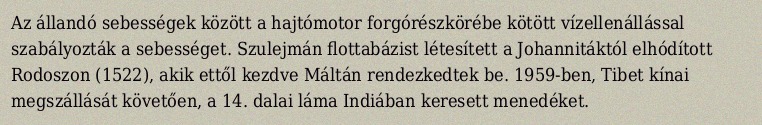
Az állandó sebességek között a hajtómotor forgórészkörébe kötött vízellenállással szabályozták a sebességet. Szulejmán flottabázist létesített a Johannitáktól elhódított Rodoszon (1522), akik ettől kezdve Máltán rendezkedtek be. 1959-ben, Tibet kínai megszállását követően, a 14. dalai láma Indiában keresett menedéket.